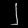
Digit: ၂